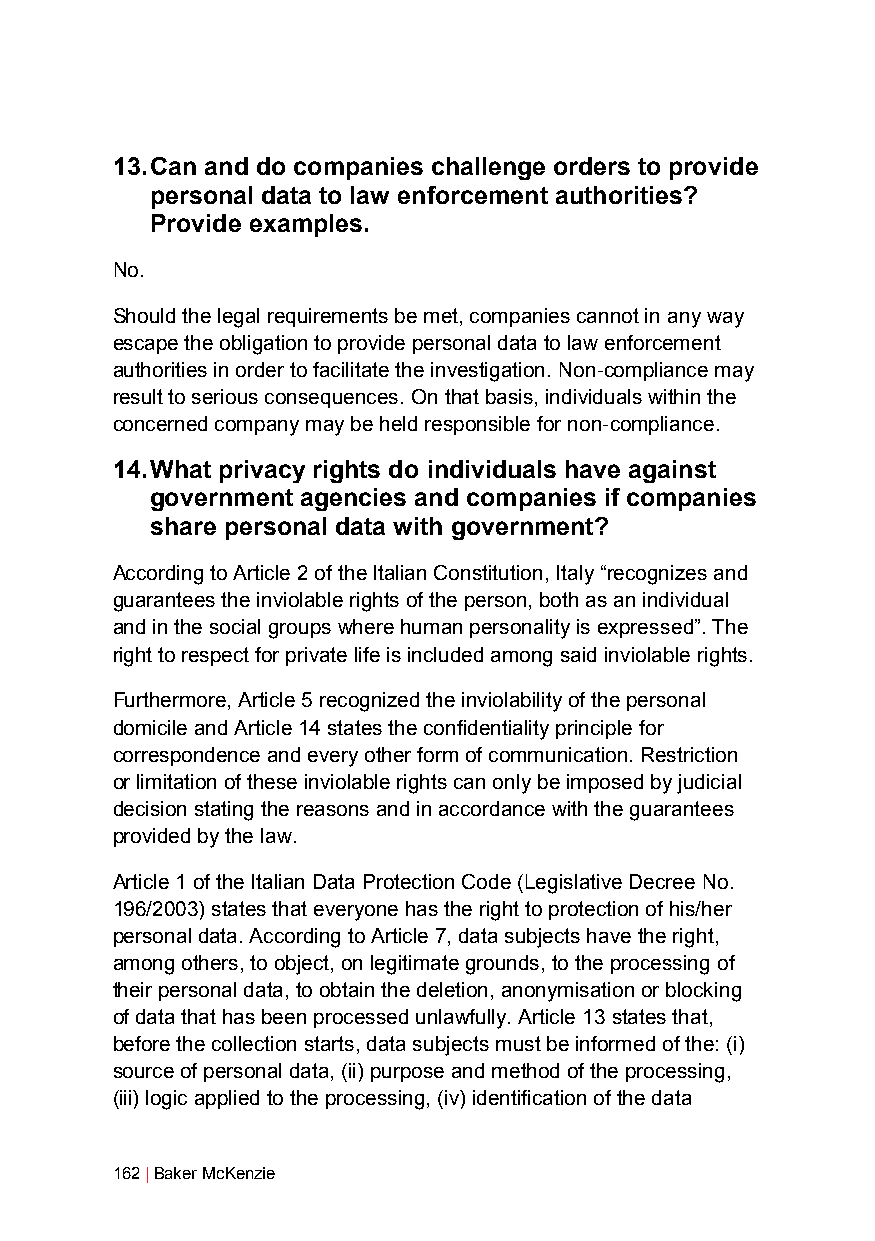
13. Can and do companies challenge orders to provide
 personal data to law enforcement authorities?
 Provide examples.
 No.
 Should the legal requirements be met, companies cannot in any way
 escape the obligation to provide personal data to law enforcement
 authorities in order to facilitate the investigation. Non-compliance may
 result to serious consequences. On that basis, individuals within the
 concerned company may be held responsible for non-compliance.
 14. What privacy rights do individuals have against
 government agencies and companies if companies
 share personal data with government?
 According to Article 2 of the Italian Constitution, Italy “recognizes and
 guarantees the inviolable rights of the person, both as an individual
 and in the social groups where human personality is expressed”. The
 right to respect for private life is included among said inviolable rights.
 Furthermore, Article 5 recognized the inviolability of the personal
 domicile and Article 14 states the confidentiality principle for
 correspondence and every other form of communication. Restriction
 or limitation of these inviolable rights can only be imposed by judicial
 decision stating the reasons and in accordance with the guarantees
 provided by the law.
 Article 1 of the Italian Data Protection Code (Legislative Decree No.
 196/2003) states that everyone has the right to protection of his/her
 personal data. According to Article 7, data subjects have the right,
 among others, to object, on legitimate grounds, to the processing of
 their personal data, to obtain the deletion, anonymisation or blocking
 of data that has been processed unlawfully. Article 13 states that,
 before the collection starts, data subjects must be informed of the: (i)
 source of personal data, (ii) purpose and method of the processing,
 (iii) logic applied to the processing, (iv) identification of the data
 162 | Baker McKenzie